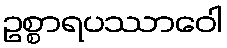
ဥစ္စာရပဿာဝေါ